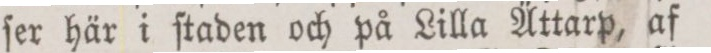
ſer här i ſtaden och på Lilla Ättarp, af